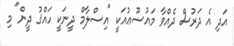
އަދި އެ ދަރުސް ދެއްވާ މައުޟޫޢުއަކީ "އިސްލާމް ދީނަކީ ހައްޤު ދީން" މި